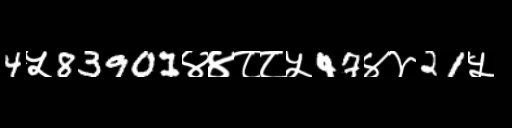
Text: 4५83901४४८८५47४४21५